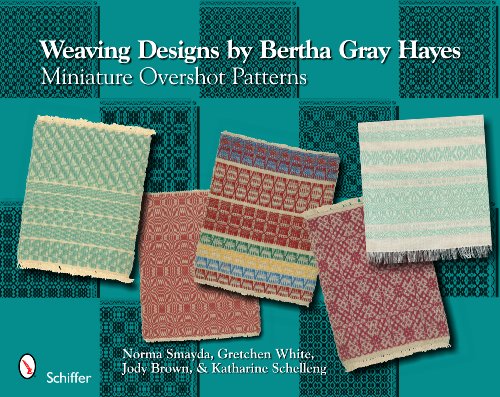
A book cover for Weaving Designs By Bertha Gray Hayes: Miniature Overshot Patterns; Norma Smayda; Crafts, Hobbies & Home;